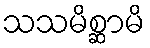
သသမိစ္ဆာမိ